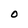
Character: O